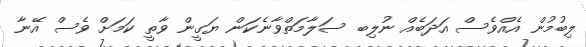
ލިބުމުން އެއްވެސް އަދަބެއް ނުލިބ ސަލާމަތްވާނެކަން ޔަގީން ވާތީ ކަމަށް ވެސް އޭނާ